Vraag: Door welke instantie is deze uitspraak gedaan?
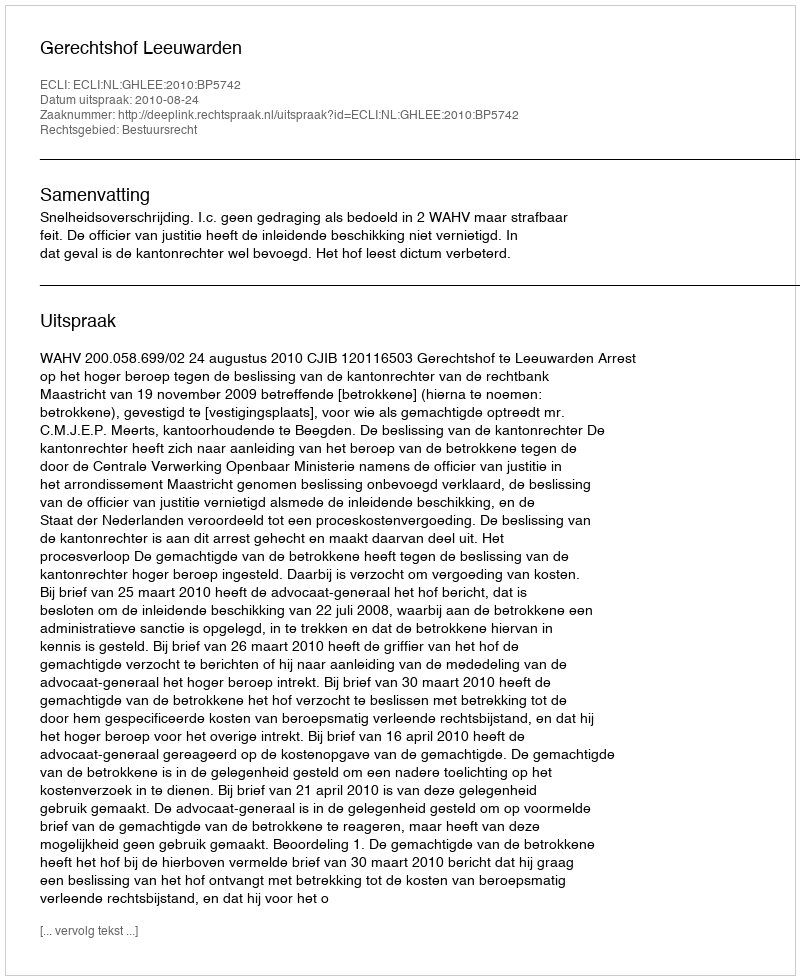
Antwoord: Gerechtshof Leeuwarden